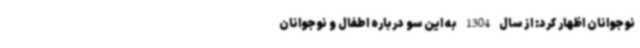
نوجوانان اظهار کرد: از سال 1304 به این سو درباره اطفال و نوجوانان